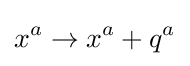
x^{a}\rightarrow x^{a}+q^{a}